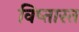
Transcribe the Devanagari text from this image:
विष्तास्त